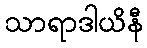
သာရာဒါယိနီ